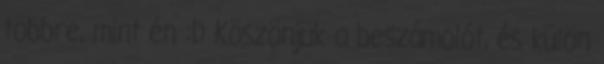
többre, mint én :D Köszönjük a beszámolót, és külön